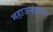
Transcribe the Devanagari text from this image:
महाजनांनंतर